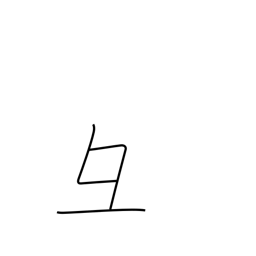
Meaning: pig's head radical variant (no. 58)